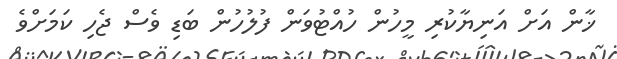
ޚާން އަށް އަނިޔާކުރި މީހުން ހުއްޓުވަން ފުލުހުން ބަޑި ވެސް ޖެހި ކަމަށްވެ